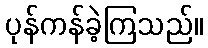
ပုန်ကန်ခဲ့ကြသည်။